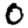
Digit: 0